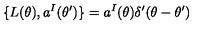
\{ L ( \theta ) , a ^ { I } ( \theta ^ { \prime } ) \} = a ^ { I } ( \theta ) \delta ^ { \prime } ( \theta - \theta ^ { \prime } )